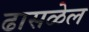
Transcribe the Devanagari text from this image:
ढासळेल